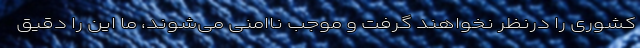
کشوری را درنظر نخواهند گرفت و موجب ناامنی می‌شوند، ما این را دقیق